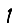
Digit: 1